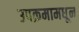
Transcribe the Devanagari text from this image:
उपक्रमामधून